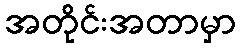
အတိုင်းအတာမှာ